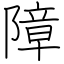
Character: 障